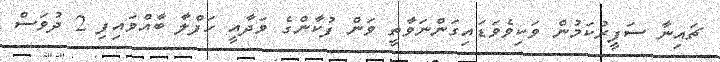
ޗައިނާ ސަފީރުކަމުން ވަކިވެވަޑައިގަންނަވާތީ ވަން ފުކާންގެ ވަދާއީ ހަފްލާ ބާއްވައިފި 2 ދުވަސް